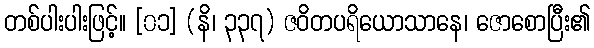
တစ်ပါးပါးဖြင့်။ [၀၁] (နိ၊ ၃၃၇) ဇဝိတပရိယောသာနေ၊ ဇောစောပြီး၏